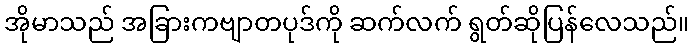
အိုမာသည် အခြားကဗျာတပုဒ်ကို ဆက်လက် ရွတ်ဆိုပြန်လေသည်။